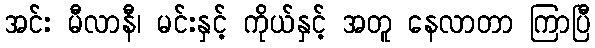
အင်း မီလာနီ၊ မင်းနှင့် ကိုယ်နှင့် အတူ နေလာတာ ကြာပြီ